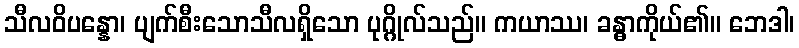
သီလဝိပန္နော၊ ပျက်စီးသောသီလရှိသော ပုဂ္ဂိုလ်သည်။ ကယာဿ၊ ခန္ဓာကိုယ်၏။ ဘေဒါ၊